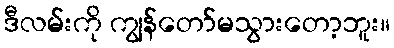
ဒီလမ်းကို ကျွန်တော်မသွားတော့ဘူး။